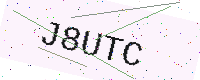
Text: J8UTC